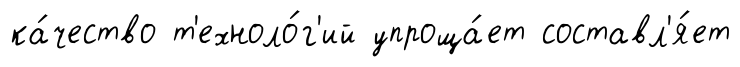
ка́чество т'ехноло́г'ий упроща́ет составл'я́ет